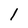
Character: l